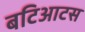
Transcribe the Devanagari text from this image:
बटिआटस